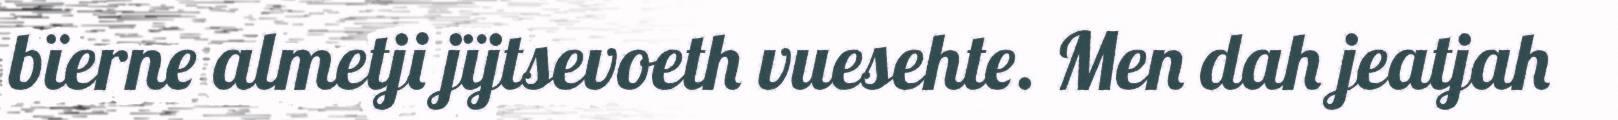
bïerne almetji jïjtsevoeth vuesehte. Men dah jeatjah